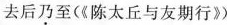
去后乃至（《陈太丘与友期行》）